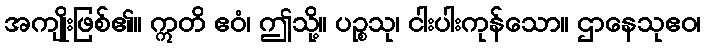
အကျိုးဖြစ်၏။ ဣတိ ဧဝံ၊ ဤသို့။ ပဉ္စသု၊ ငါးပါးကုန်သော။ ဌာနေသုဧဝ၊